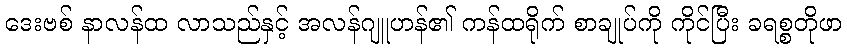
ဒေးဗစ် နာလန်ထ လာသည်နှင့် အလန်ဂျူဟန်၏ ကန်ထရိုက် စာချုပ်ကို ကိုင်ပြီး ခရစ္စတိုဖာ